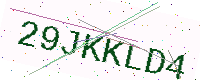
Text: 29JKKLD4